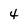
Character: 4